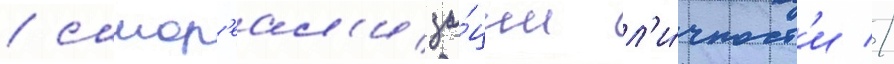
/ самор'еал'иза́ции л'и́чност'и //